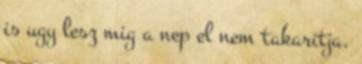
is ugy lesz mig a nep el nem takaritja.